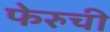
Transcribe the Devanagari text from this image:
फेरुची